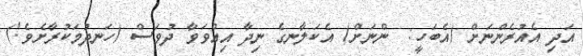
އަދި އެއުރެންނަށް (އެބަހީ:  ންނަށް) އެކަލާނގެ ނިދާ އިއްވަވާ ދުވަސް (ހަނދުމަކުރާށެވެ!)